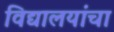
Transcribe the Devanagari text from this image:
विद्यालयांचा